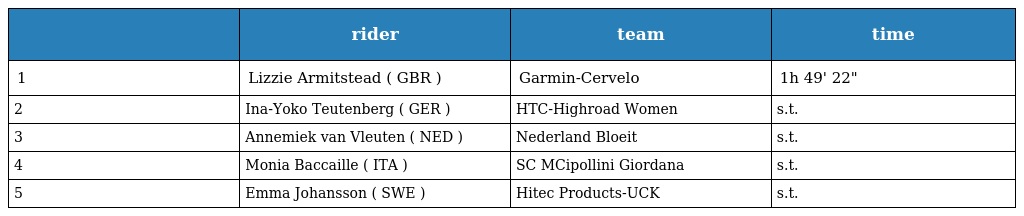
|  | rider | team | time |
 | --- | --- | --- | --- |
 | 1 | Lizzie Armitstead ( GBR ) | Garmin-Cervelo | 1h 49' 22" |
 | 2 | Ina-Yoko Teutenberg ( GER ) | HTC-Highroad Women | s.t. |
 | 3 | Annemiek van Vleuten ( NED ) | Nederland Bloeit | s.t. |
 | 4 | Monia Baccaille ( ITA ) | SC MCipollini Giordana | s.t. |
 | 5 | Emma Johansson ( SWE ) | Hitec Products-UCK | s.t. |